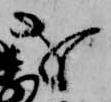
を